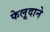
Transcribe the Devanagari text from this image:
फेलूदाने